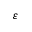
\varepsilon